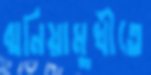
ঝনিয়ামুখীতে